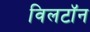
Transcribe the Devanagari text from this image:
विलटॉन